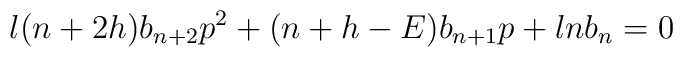
\l (n+2h) b_{n+2} p^2 + (n+h-E) b_{n+1} p + \l n b_n = 0